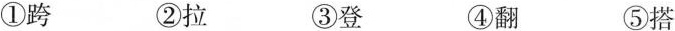
①跨 ②拉 ③登 ④翻 ⑤搭